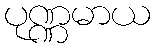
ပုဏ္ဏမာယ